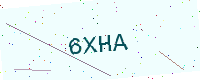
Text: 6XHA